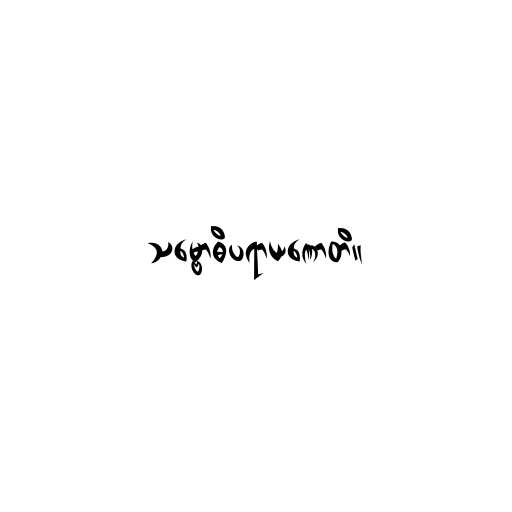
သမ္ဗောဓိပရာယဏောတိ။